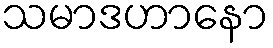
သမာဒဟာနော